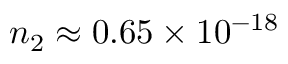
n _ { 2 } \approx 0 . 6 5 \times 1 0 ^ { - 1 8 }